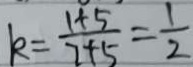
k = \frac { 1 + 5 } { 7 + 5 } = \frac { 1 } { 2 }